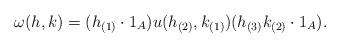
LaTeX: \begin{align*}\omega (h , k) = (h_{(1)} \cdot 1_A ) u(h_{(2)} ,k_{(1)}) (h_{(3)}k_{(2)} \cdot 1_A ) .\end{align*}